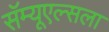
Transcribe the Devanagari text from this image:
सॅम्यूएल्सला